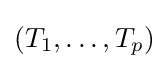
(T_{1},\dots ,T_{p})